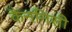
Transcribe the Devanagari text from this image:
कैननिसी